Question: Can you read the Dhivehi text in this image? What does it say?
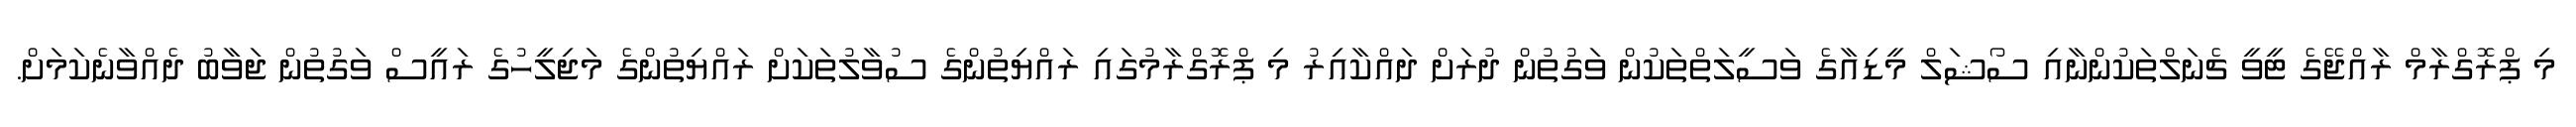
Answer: މި ޕްރޮގްރާމް ރާއްޖޭގެ ޓީވީ ޗެނަލްތަކުންނާއި ސޯޝަލް މީޑިއާގެ ވަސީލަތްތަކުން ވަގުތުން ދުރަށް ދައްކާއިރު މި ޕްރޮގްރާމުގައި ރައްޔިތުންގެ ސުވާލުތަކަށް ރައްޔިތުންގެ މަޖިލީހުގެ ރައީސް ވަގުތުން ޖަވާބު ދެއްވާނެކަމަށް.